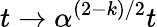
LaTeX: t\to\alpha^{(2-k)/2}t